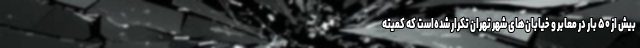
بیش از ۵۰ بار در معابر و خیابان‌های شهر تهران تکرار شده‌است که کمیته